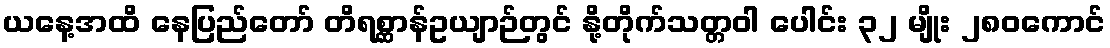
ယနေ့အထိ နေပြည်တော် တိရစ္ဆာန်ဥယျာဉ်တွင် နို့တိုက်သတ္တဝါ ပေါင်း ၃၂ မျိုး ၂၈၀ကောင်